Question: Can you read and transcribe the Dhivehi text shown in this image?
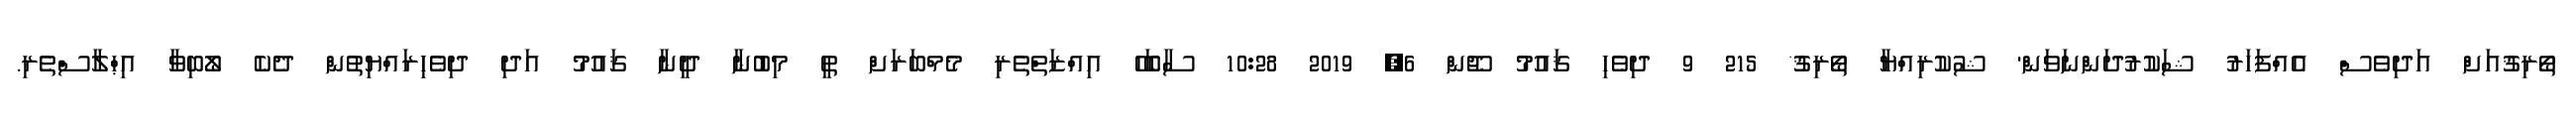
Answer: ތޯރިޤުއަށް އަދިވެސް އެއްފަހަރު ޝަކުރުދަންނަވަން' ޝުކުރިއްޔާ ތޯރިޤު* 215 9 ދިވެހި ޤައުމު ޖޫން 6, 2019 10:28 ސާބަހޭ އިއްޒަތްތެރި މެމްބަރަށް ތީ މިބުނާ ދީނާ ޤައުމު އަދި ދިވެހިރައްޔިތުން ދެކެ ލޯބިވާ އިޙްލާސްތެރި.